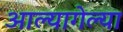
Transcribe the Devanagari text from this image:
आल्यागेल्या